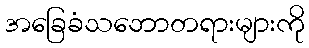
အခြေခံသဘောတရားများကို